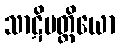
သာဋိမတ္တိယော